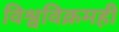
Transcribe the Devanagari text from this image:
विश्वविक्रमही